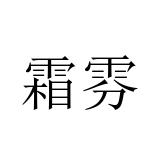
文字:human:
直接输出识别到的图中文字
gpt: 霜雰